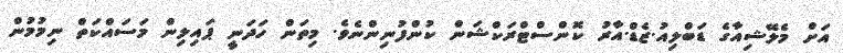
އަށް މެލޭޝިއާގެ ޑަބްލިއު.ޒެޑް.އާރު ކޮންސްޓްރަކްޝަން ކުންފުނިންނެވެ. މިތަން ހަދަނީ ޕައިލިން މަސައްކަތް ނިމުމުން